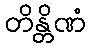
တိန္တိဏံ